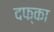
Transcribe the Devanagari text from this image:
दफ्का